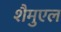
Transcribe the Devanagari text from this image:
शैमुएल